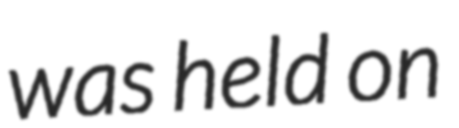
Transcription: was held on